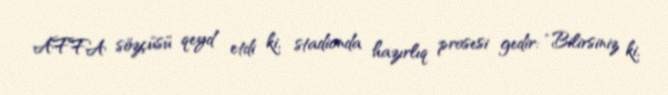
AFFA sözçüsü qeyd etdi ki, stadionda hazırlıq prosesi gedir: “Bilirsiniz ki,